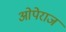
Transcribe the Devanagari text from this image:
ओपेराज